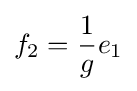
f_{2}={\frac {1}{g}}e_{1}